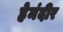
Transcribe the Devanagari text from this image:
हेमंदीर